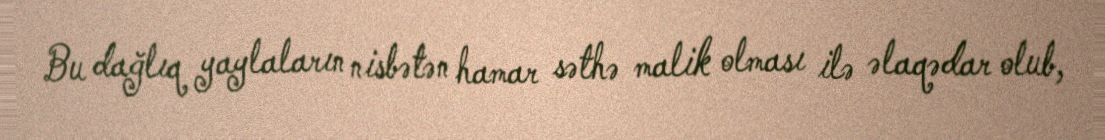
Bu dağlıq yaylaların nisbətən hamar səthə malik olması ilə əlaqədar olub,